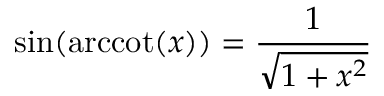
\sin ( \operatorname { a r c c o t } ( x ) ) = { \frac { 1 } { \sqrt { 1 + x ^ { 2 } } } }